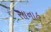
સાનાહ